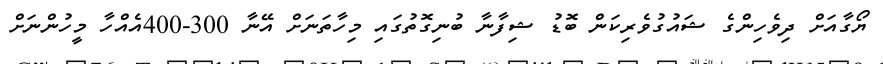
ޔޯގާއަށް ދިވެހިންގެ ޝައުގުވެރިކަން ބޮޑު ޝިފާނާ ބުނިގޮތުގައި މިހާތަނަށް އޭނާ 300-400އެއްހާ މީހުންނަށް